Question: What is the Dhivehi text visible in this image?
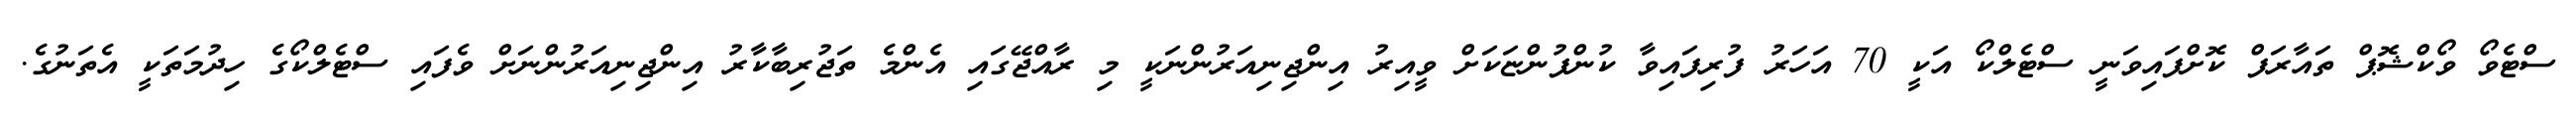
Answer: ސްޓެވޯ ވޯކްޝޮޕް ތައާރަފް ކޮށްފައިވަނީ ސްޓެލްކޯ އަކީ 70 އަހަރު ފުރިފައިވާ ކުންފުންޏަކަށް ވީއިރު އިންޖިނިއަރުންނަކީ މި ރާއްޖޭގައި އެންމެ ތަޖުރިބާކާރު އިންޖިނިއަރުންނަށް ވެފައި ސްޓެލްކޯގެ ހިދުމަތަކީ އެތަނުގެ.